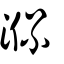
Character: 𣵿